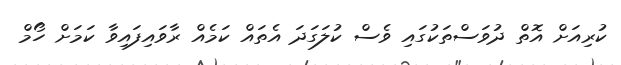
ކުރިއަށް އޮތް ދުވަސްތަކުގައި ވެސް ކުލަގަދަ އެތައް ކަމެއް ރާވައިފައިވާ ކަމަށް ހޯމް